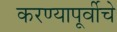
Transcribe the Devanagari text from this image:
करण्यापूर्वीचे